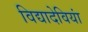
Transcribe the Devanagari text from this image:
विद्यादेवियां